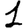
Digit: 1